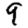
Digit: 9